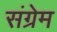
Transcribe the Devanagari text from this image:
संग्रेम